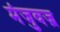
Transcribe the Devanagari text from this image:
मंजुवज्र